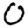
Digit: 0